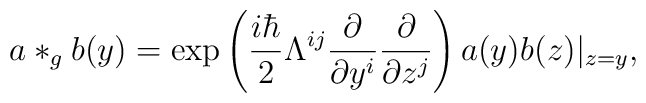
a*_gb(y) =\exp \left(\frac{i\hbar }2\Lambda ^{ij}\frac \partial {\partial y^i}\frac \partial{\partial z^j}\right) a(y)b(z)|_{z=y},